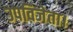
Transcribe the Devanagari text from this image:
उपविजेता।